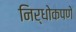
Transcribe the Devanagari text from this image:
निर्धोकपणे